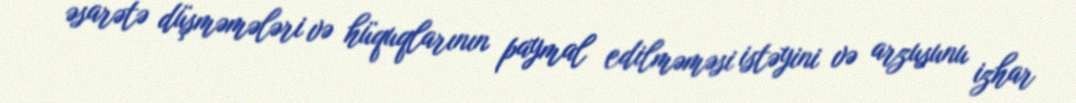
əsarətə düşməmələri və hüquqlarının paymal edilməməsi istəyini və arzusunu izhar